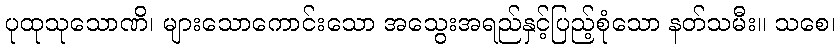
ပုထုသုသောဏိ၊ များသောကောင်းသော အသွေးအရည်နှင့်ပြည့်စုံသော နတ်သမီး။ သစေ၊